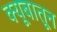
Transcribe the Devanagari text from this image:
क्यूबातून